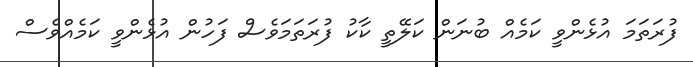
ފުރަތަމަ އުޅެންވީ ކަމެއް ބުނަން ކަލޭތީ ކާކު ފުރަތަމަވެސް ފަހުން އުޅެންވީ ކަމެއްވެސް